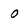
Character: 0